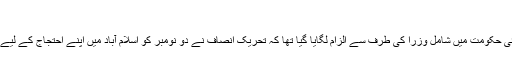
‘‘
دفاع پاکستان کونسل کے وفد سے وزیر داخلہ کی ملاقات ایسے وقت ہوئی حکومت میں شامل وزرا کی طرف سے الزام لگایا گیا تھا کہ تحریک انصاف نے دو نومبر کو اسلام آباد میں اپنے احتجاج کے لیے مذہبی جماعتوں سے رابطہ کیا ہے کہ وہ اپنے کارکن اُنھیں فراہم کریں۔